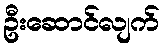
ဦးဆောင်လျက်